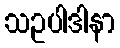
သဥပါဒါနာ